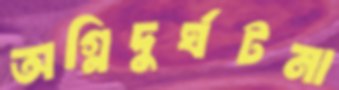
অগ্নিদুর্ঘটনা